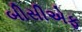
બીસીએફ